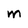
Character: M